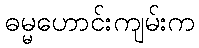
ဓမ္မဟောင်းကျမ်းက